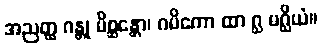
အညတ္ထ ဂန္တု မိစ္ဆန္တော၊ ဂမိကော ထာ ဂ္ဃ မဂ္ဃိယံ။